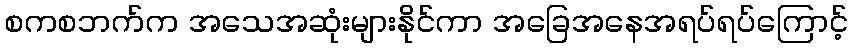
စကစဘက်က အသေအဆုံးများနိုင်ကာ အခြေအနေအရပ်ရပ်ကြောင့်